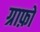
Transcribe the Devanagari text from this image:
ग्राफ़ो